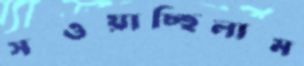
সওয়াচ্ছিলাম